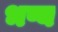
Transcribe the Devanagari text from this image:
भष्य